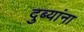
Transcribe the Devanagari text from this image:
दुब्यांना